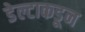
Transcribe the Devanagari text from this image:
डेल्टाकडून